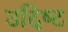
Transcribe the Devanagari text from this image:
उदिष्‍ट